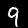
Digit: 9